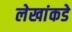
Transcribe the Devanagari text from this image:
लेखांकडे